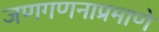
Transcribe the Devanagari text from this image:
जणगणनाप्रमाणे